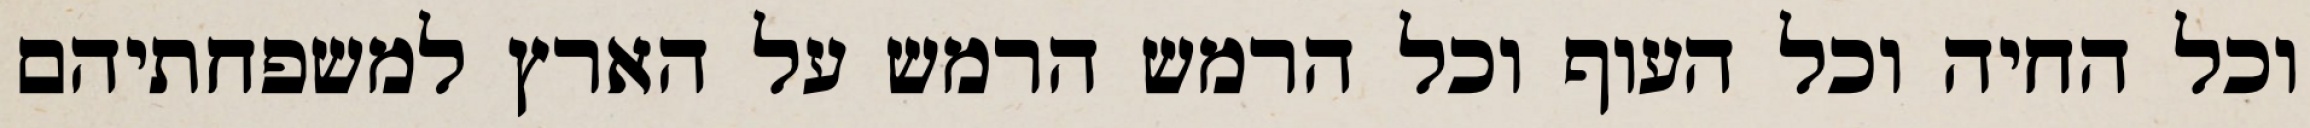
וכל החיה וכל העוף וכל הרמש הרמש על הארץ למשפחתיהם